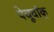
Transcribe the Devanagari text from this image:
पेचूवांक्